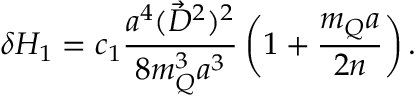
\delta H _ { 1 } = c _ { 1 } \frac { a ^ { 4 } ( \vec { D } ^ { 2 } ) ^ { 2 } } { 8 m _ { Q } ^ { 3 } a ^ { 3 } } \left( 1 + \frac { m _ { Q } a } { 2 n } \right) .